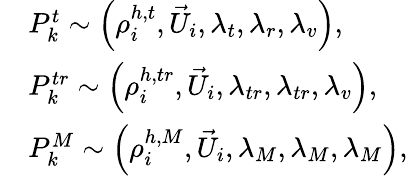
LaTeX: \begin{array}{rl}&{P_{k}^{t}\sim\left(\rho_{i}^{h,t},{\vec{U}_{i}},\lambda_{t},\lambda_{r},\lambda_{v}\right),}\\ &{P_{k}^{tr}\sim\left(\rho_{i}^{h,tr},{\vec{U}_{i}},\lambda_{tr},\lambda_{tr},\lambda_{v}\right),}\\ &{P_{k}^{M}\sim\left(\rho_{i}^{h,M},{\vec{U}_{i}},\lambda_{M},\lambda_{M},\lambda_{M}\right),}\end{array}